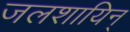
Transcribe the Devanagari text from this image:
जलशायिन्